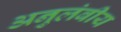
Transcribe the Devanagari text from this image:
अनुलंबीय